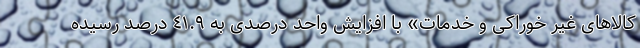
کالاهای غیر خوراکی و خدمات» با افزایش واحد درصدی به ٤١.٩ درصد رسیده